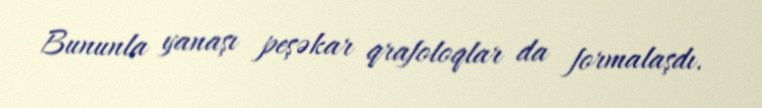
Bununla yanaşı peşəkar qrafoloqlar da formalaşdı.